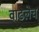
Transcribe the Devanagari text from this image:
वाढलेच